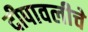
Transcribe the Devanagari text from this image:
दीपावलीचे